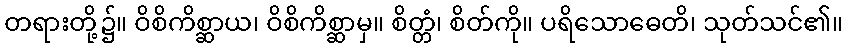
တရားတို့၌။ ဝိစိကိစ္ဆာယ၊ ဝိစိကိစ္ဆာမှ။ စိတ္တံ၊ စိတ်ကို။ ပရိသောဓေတိ၊ သုတ်သင်၏။